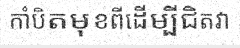
កាំបិតមុខពីដើម្បីជិតវា